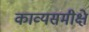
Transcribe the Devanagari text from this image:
काव्यसमीक्षे